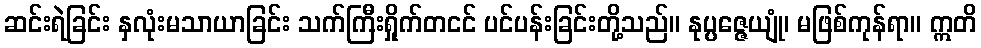
ဆင်းရဲခြင်း နှလုံးမသာယာခြင်း သက်ကြီးရှိုက်တငင် ပင်ပန်းခြင်းတို့သည်။ နုပ္ပဇ္ဇေယျုံ၊ မဖြစ်ကုန်ရာ။ ဣတိ